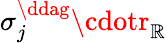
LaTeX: \sigma_{j}^{\ddag}\cdotr_{\mathbb{R}}